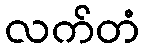
လက်တံ